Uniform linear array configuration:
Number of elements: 32
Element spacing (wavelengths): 0.75
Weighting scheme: cosine
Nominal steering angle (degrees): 30
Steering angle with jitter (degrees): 28.306
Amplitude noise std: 0.05
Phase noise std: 0.05

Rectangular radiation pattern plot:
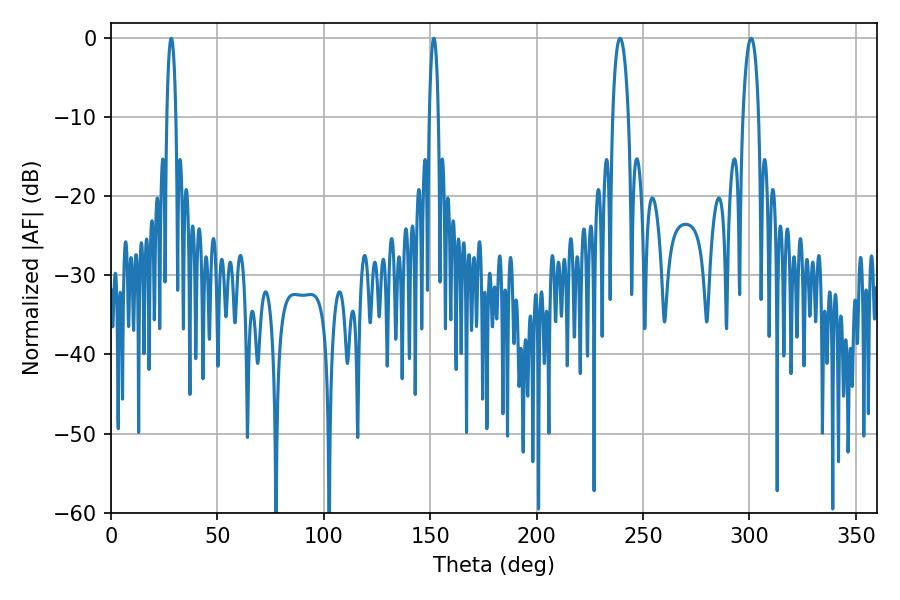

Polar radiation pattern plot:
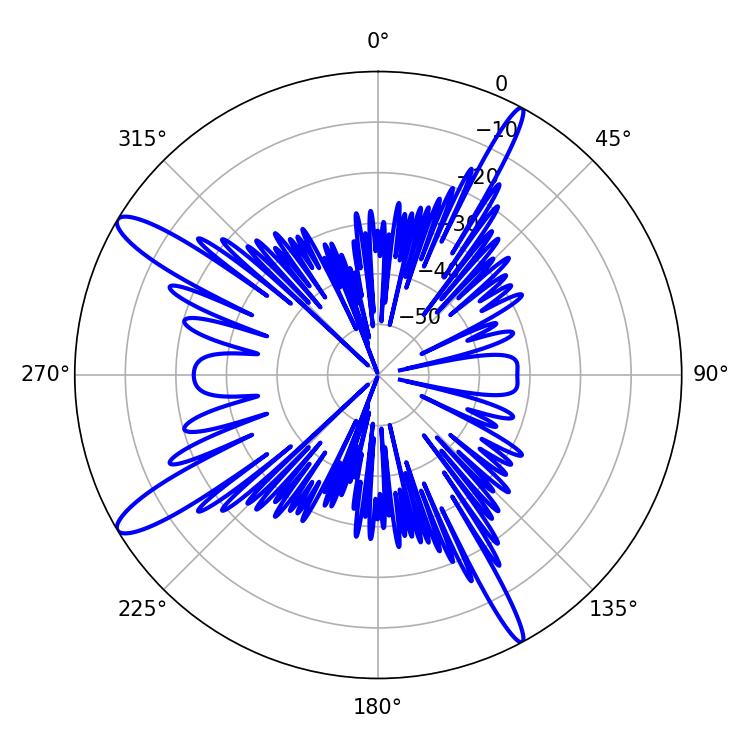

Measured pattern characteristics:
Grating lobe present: TRUE
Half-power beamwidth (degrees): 4.14
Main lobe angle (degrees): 239.22